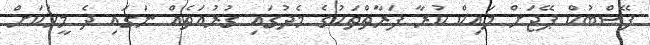
ފޭސްބުކް ޕޭޖަށް ލައިކް ކުރާ ފަރާތްތަކުގެ މެދުގައި ގުރުއަތެއް ނަގައި ދެ މީހަކަށް